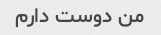
من دوست دارم